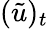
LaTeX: (\tilde{u})_{t}